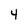
Character: 4